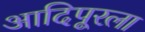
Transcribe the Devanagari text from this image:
आदिपूरला